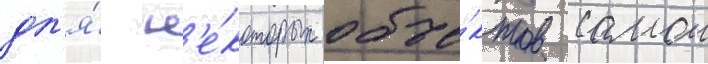
дл'я́ н'е́которых объе́ктов самои